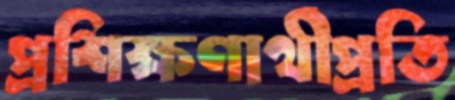
প্রশিক্ষণার্থীপ্রতি